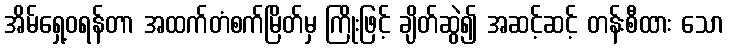
အိမ်ရှေ့ဝရန်တာ အထက်တံစက်မြိတ်မှ ကြိုးဖြင့် ချိတ်ဆွဲ၍ အဆင့်ဆင့် တန်းစီထား သော